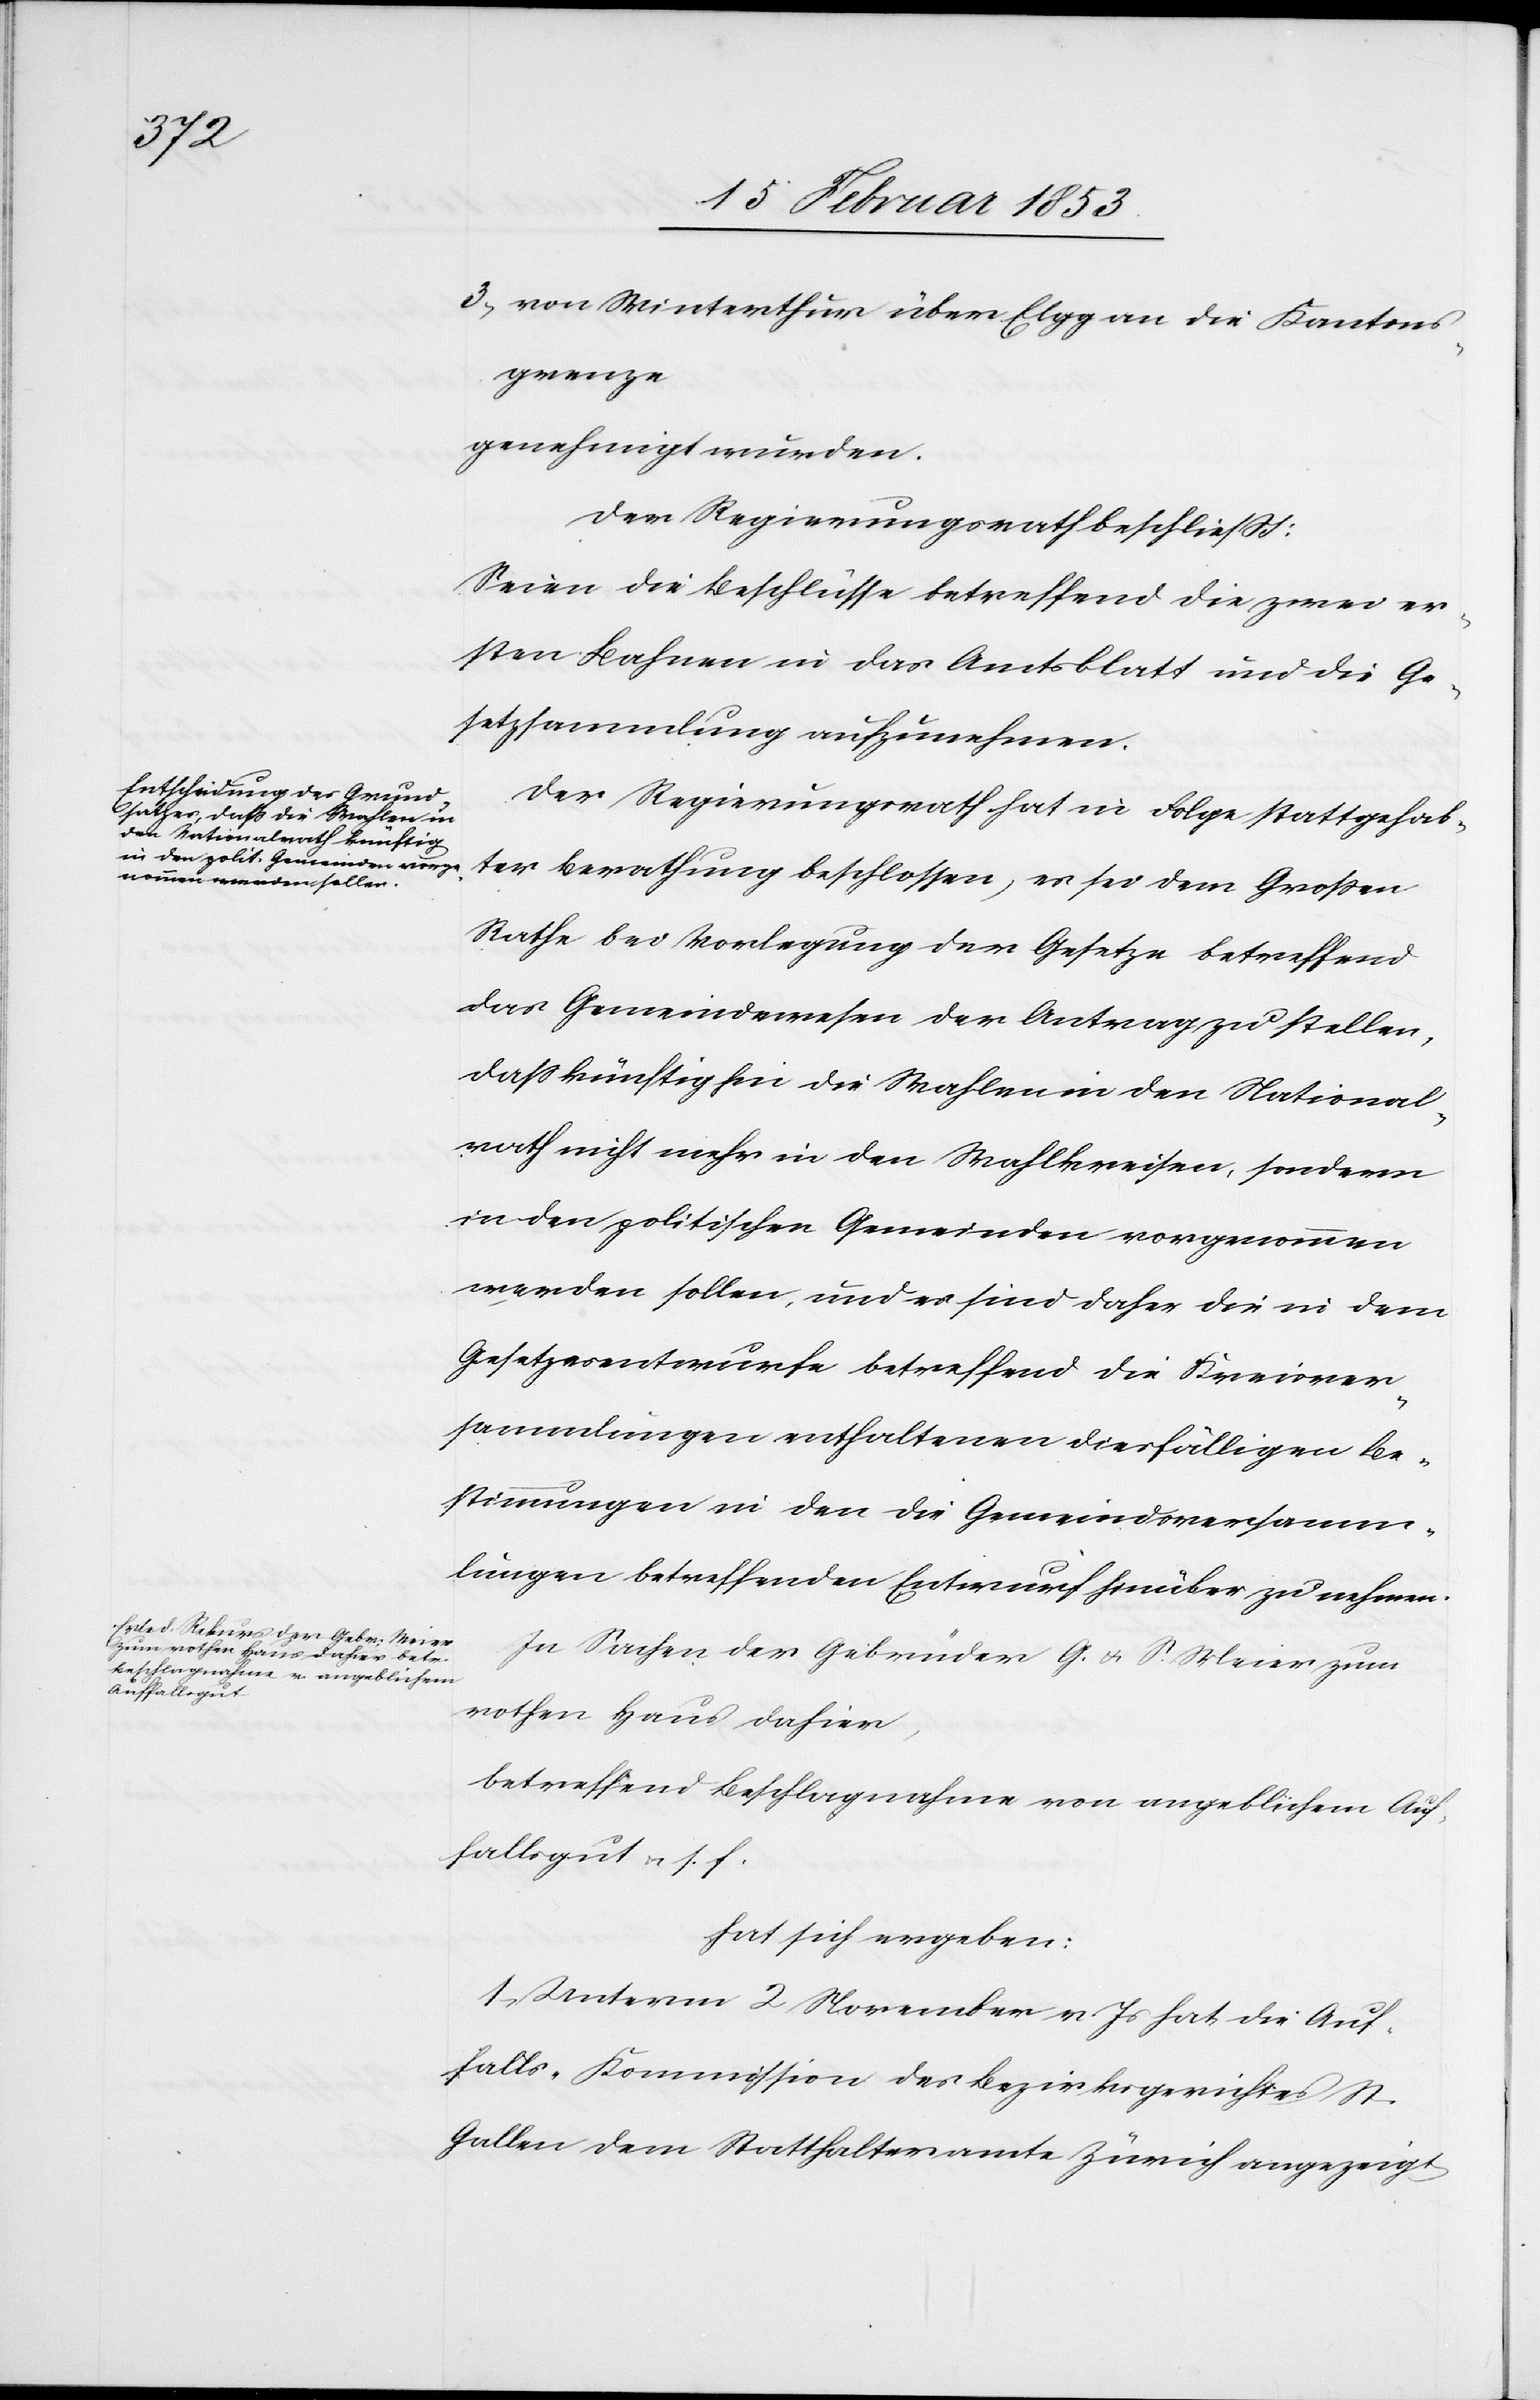
3, von Winterthur über Elgg an die Kantons¬
grenze
genehmigt wurden.
Der Regierungsrath beschließt:
Seien die Beschlüsse betreffend die zwei er¬
sten Bahnen in das Amtsblatt und die Ge¬
setzessammlung aufzunehmen.
Der Regierungsrath hat in Folge stattgehab¬
ter Berathung beschlossen, es sei dem Großen
Rathe bei Vorlegung der Gesetze betreffend
das Gemeindewesen der Antrag zu stellen,
daß künftig die Wahlen in den National¬
rath nicht mehr in den Wahlkreisen, sondern
in den politischen Gemeinden vorgenommen
werden sollen, und es sind daher die in dem
Gesetzesentwurfe betreffend die Kreisver¬
sammlungen enthaltenen diesfälligen Be¬
stimmungen in den die Gemeindsversamm¬
lungen betreffenden Entwurf hinüber zu nehmen.
In Sachen der Gebrüder G. u. S. Meier zum
rothen Haus dahier,
betreffend Beschlagnahme von angeblichem Auf¬
fallsgut u. s. f.
hat sich ergeben:
1, Unterm 2 November v. Js. hat die Auf¬
falls-Kommission des Bezirksgerichtes St.
Gallen dem Statthalteramte Zürich angezeigt